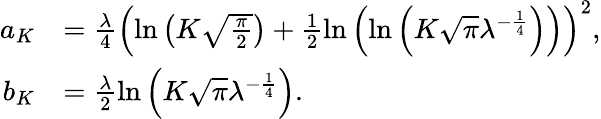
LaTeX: \begin{array}{rl}{a_{K}}&{=\frac{\lambda}{4}\left(\mathrm{ln}\left(K\sqrt{\frac{\pi}{2}}\right)+\frac{1}{2}\mathrm{ln}\left(\mathrm{ln}\left(K\sqrt{\pi}\lambda^{-\frac{1}{4}}\right)\right)\right)^{2},}\\ {b_{K}}&{=\frac{\lambda}{2}\mathrm{ln}\left(K\sqrt{\pi}\lambda^{-\frac{1}{4}}\right).}\end{array}